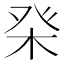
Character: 𤼨